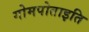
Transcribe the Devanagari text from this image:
गोमपोताइति